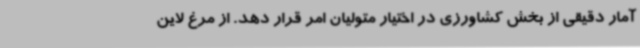
آمار دقیقی از بخش کشاورزی در اختیار متولیان امر قرار دهد. از مرغ لاین